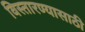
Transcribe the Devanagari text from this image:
विस्तारण्यासाठी